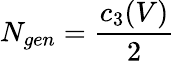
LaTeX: N_{gen}=\frac{c_{3}(V)}{2}